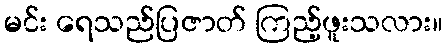
မင်း ရေသည်ပြဇာတ် ကြည့်ဖူးသလား။